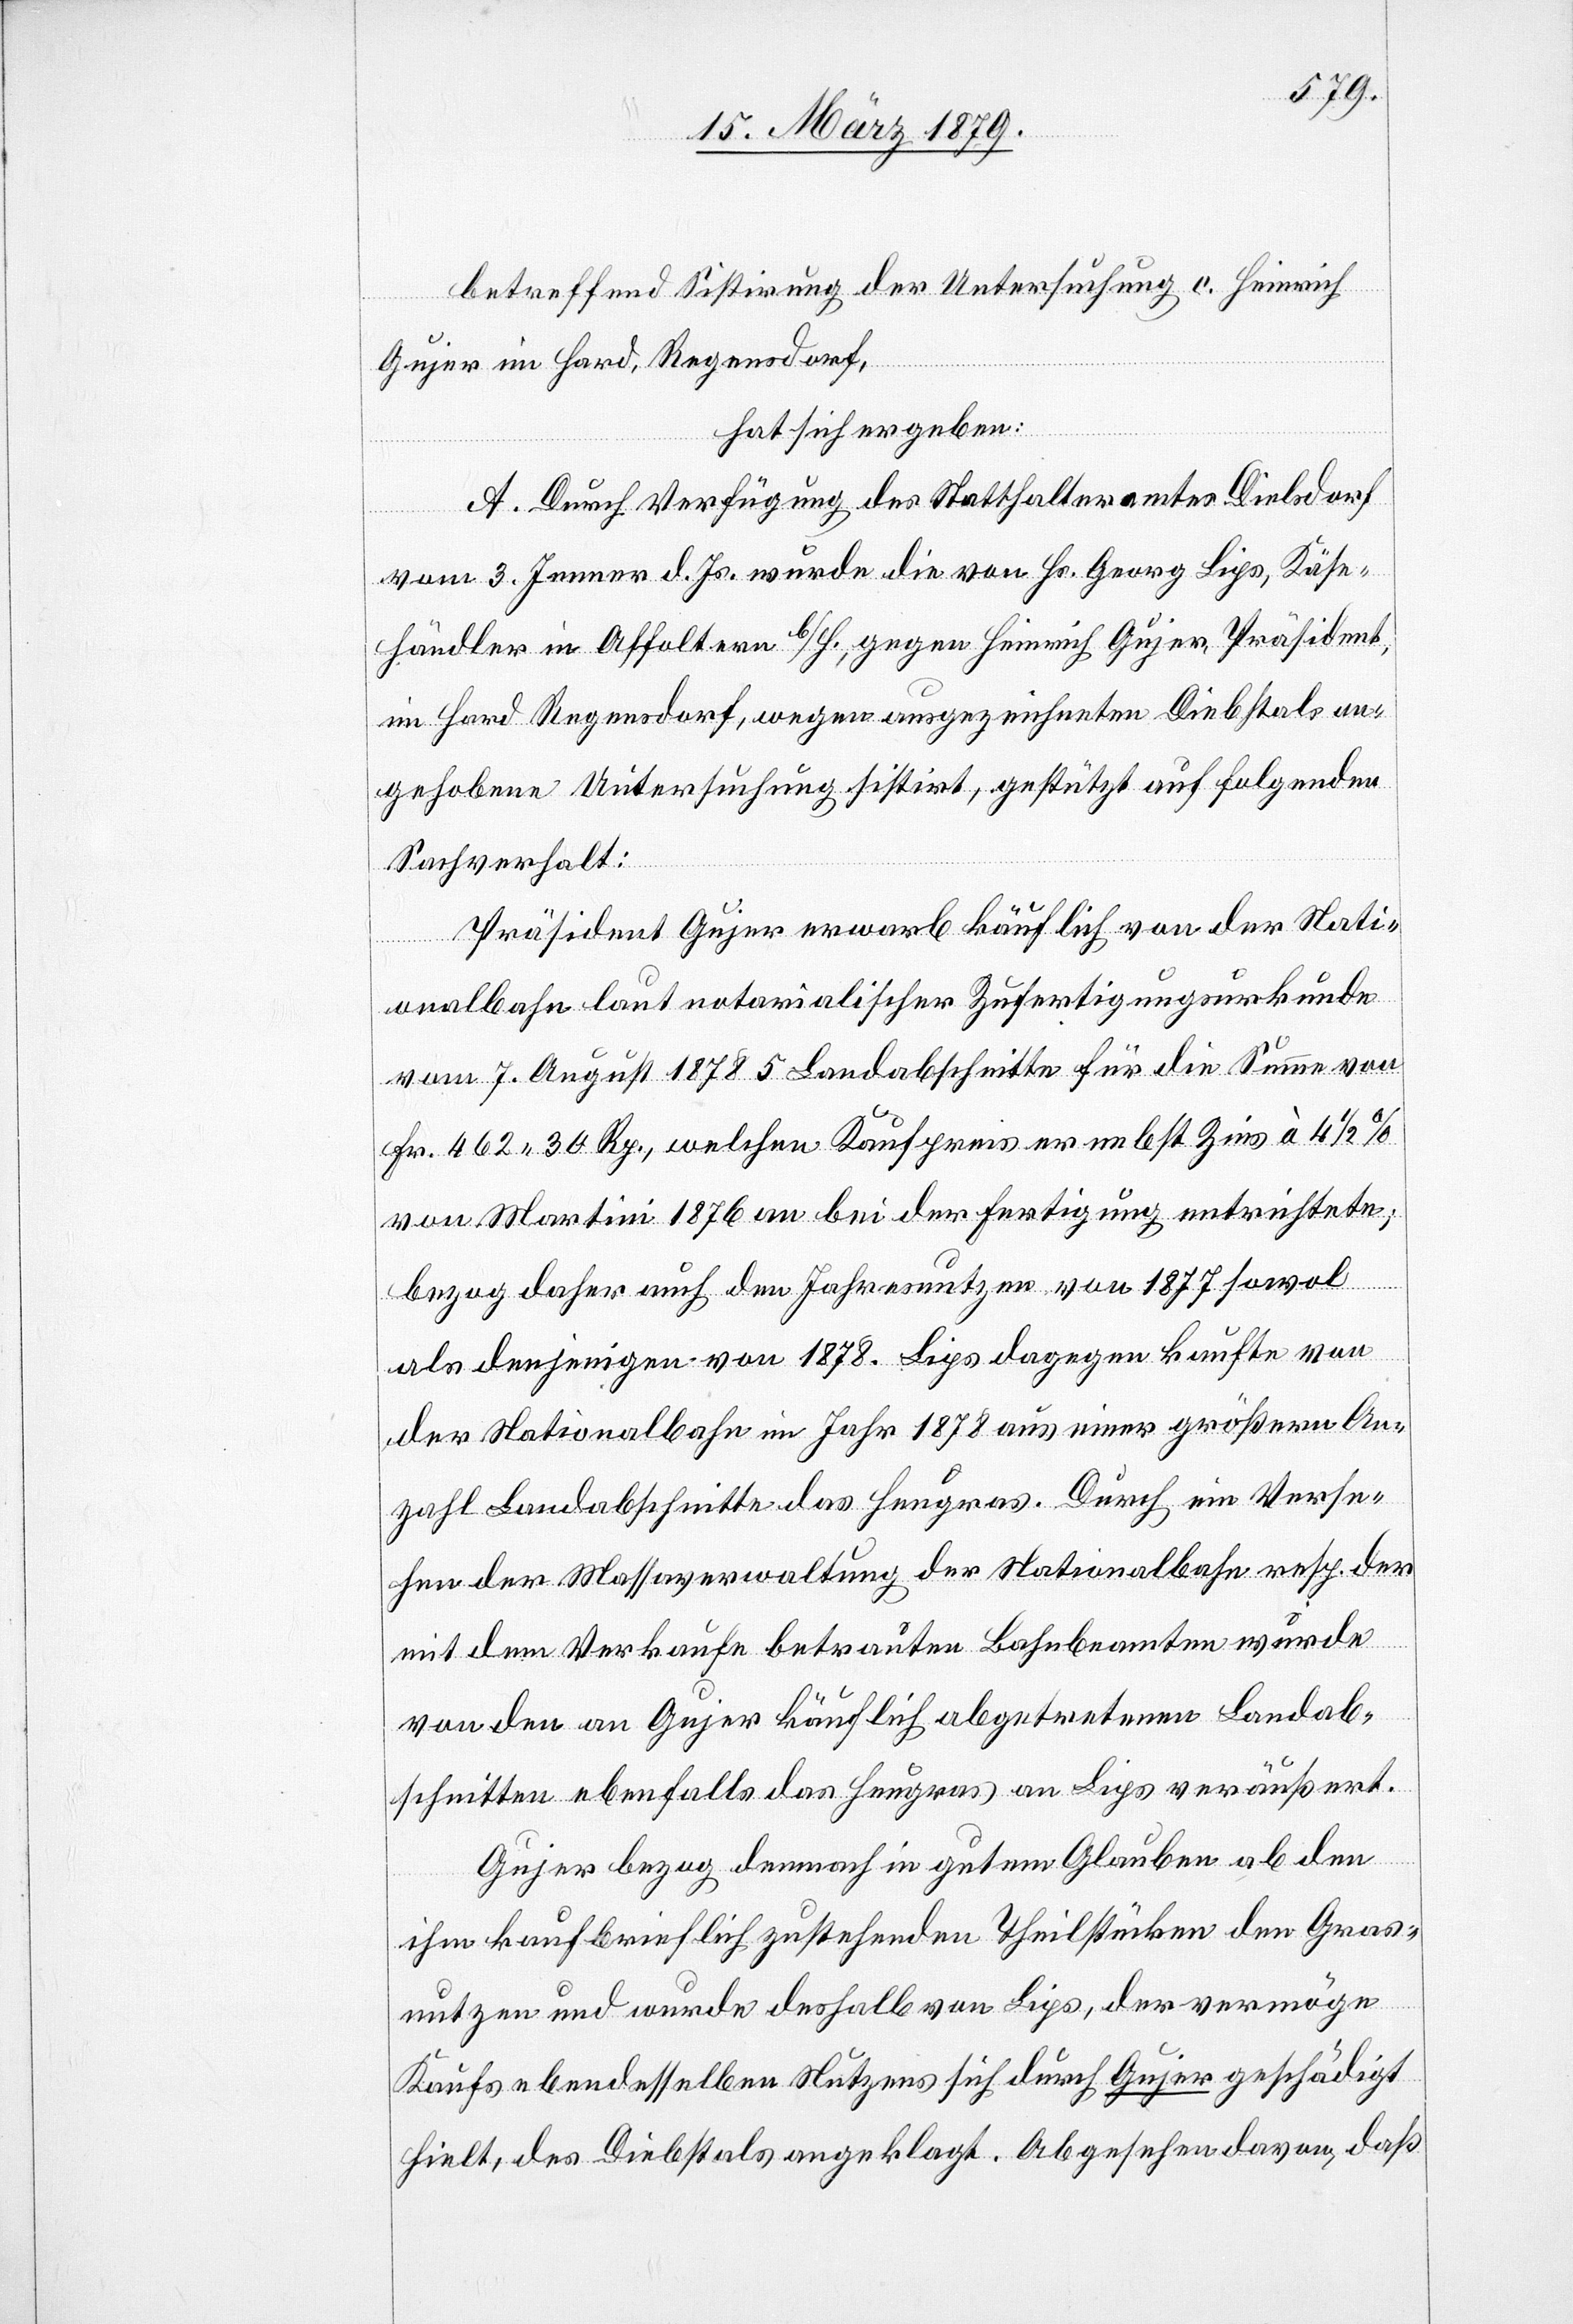
betreffend Sistirung der Untersuchung c. Heinrich
Gujer im Hard, Regensdorf,
hat sich ergeben:
A. Durch Verfügung des Statthalteramtes Dielsdorf
vom 3. Jenner d. Js. wurde die von Hs. Georg Lips, Käse¬
händler in Affoltern b/H., gegen Heinrich Gujer, Präsident,
im Hard Regensdorf, wegen ausgezeichneten Diebstals an¬
gehobene Untersuchung sistirt, gestützt auf folgenden
Sachverhalt:
Präsident Gujer erwarb käuflich von der Nati¬
onalbahn laut notarialischer Zufertigungsurkunde
vom 7. August 1878 5 Landabschnitte für die Summe von
Fr. 462.30 Rp., welchen Kaufpreis er nebst Zins à 4 1/2%
von Martini 1876 an bei der Fertigung entrichtete;
bezog daher auch den Jahresnutzen von 1877 sowol
als denjenigen von 1878. Lips dagegen kaufte von
der Nationalbahn im Jahr 1878 aus einer größern An¬
zahl Landabschnitte das Heugras. Durch ein Verse¬
hen der Massaverwaltung der Nationalbahn resp. der
mit dem Verkaufe betrauten Bahnbeamten wurde
von den an Gujer käuflich abgetretenen Landab¬
schnitten ebenfalls das Heugras an Lips veräußert.
Gujer bezog demnach in gutem Glauben ab den
ihm kaufbrieflich zustehenden Theilstücken den Gras¬
nutzen und wurde deshalb von Lips, der vermöge
Kaufs ebendesselben Nutzens sich durch Gujer geschädigt
hielt, des Diebstals angeklagt. Abgesehen davon, daß